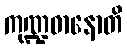
ကုဏ္ဍဓာနောတိ